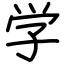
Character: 学